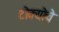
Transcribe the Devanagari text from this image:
टोक्योचे